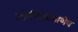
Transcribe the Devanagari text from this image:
शीर्षकाप्रमाणेच